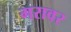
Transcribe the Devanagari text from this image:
गरावर